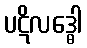
ပဋိလဒ္ဓေါ